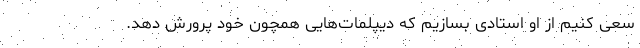
سعی کنیم از او استادی بسازیم که دیپلمات‌هایی همچون خود پرورش دهد.